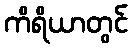
ကိရိယာတွင်